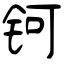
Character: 钶